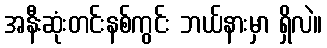
အနီးဆုံးတင်းနစ်ကွင်း ဘယ်နားမှာ ရှိလဲ။